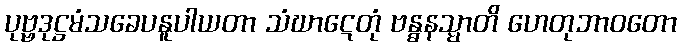
ပုဗ္ဗဒုဋ္ဌမံသခေပနူပါယတာ သံဃာဋေတုံ ဗန္ဓနသ္မာတိ ဟေတုဘာဝတော